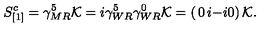
S _ { [ 1 ] } ^ { c } = \gamma _ { M R } ^ { 5 } { \cal K } = i \gamma _ { W R } ^ { 5 } \gamma _ { W R } ^ { 0 } { \cal K } = \left( \begin{matrix} { 0 } & { i } \\ { - i } & { 0 } \\ \end{matrix} \right) { \cal K } .